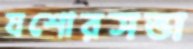
যশোরসভা